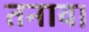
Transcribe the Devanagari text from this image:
तनाव।